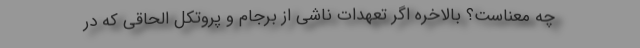
چه معناست؟ بالاخره اگر تعهدات ناشی از برجام و پروتکل الحاقی که در